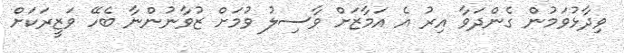
ވިދާޅުވަމުން ގެންދަވާ އިރު އެ އަމާޒަށް ވާސިލު ވުމަށް ޒުވާނުންނާ ބެހޭ ވަޒީރަކަށް